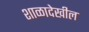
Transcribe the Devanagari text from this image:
शाळादेखील